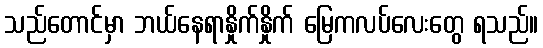
သည်တောင်မှာ ဘယ်နေရာနှိုက်နှိုက် မြေကလပ်လေးတွေ ရသည်။